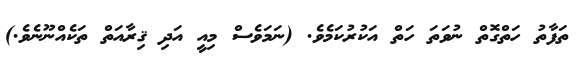
ތަފާތު ހަތްގޮތް ނުވަތަ ހަތް އަކުރުކަމެވެ. (ނަމަވެސް މިއީ އަދި ޤިރާއަތް ތަކެއްނޫނެވެ.)